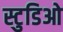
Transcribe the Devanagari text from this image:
स्टुडिओ